Annual report on the lock hospitals of the Madras Presidency
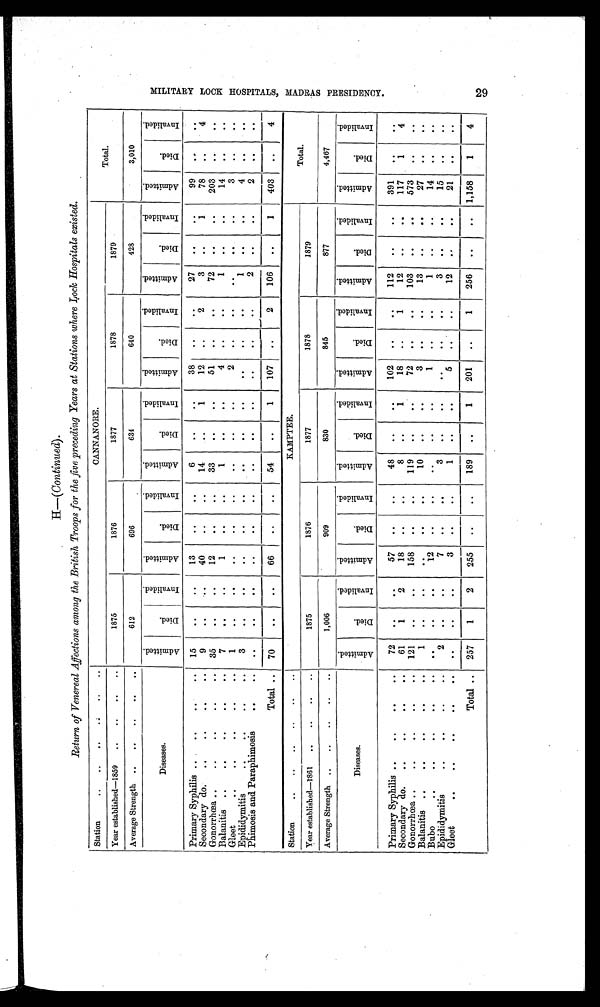
H— (Continued).
Return of Venereal Affections among the British Troops for the five preceding Years at Stations where Lock Hospitals existed.
Station
..
..
..
. .
. .
. .
CANNANORE.
Total.
Year established—1859
..
. .
. .
. .
1875
1876
1877
1878
1879
Average Strength ..
..
..
..
..
612
696
634
640
428
3,010
Diseases.
A d m i t t e d .
D i e d .
I n v a l i d e d .
A d m i t t e d .
D i e d .
I n v a l i d e d .
A d m i t t e d .
D i e d .
I n v a l i d e d .
A d m i t t e d .
D i e d .
I n v a l i d e d .
A d m i t t e d .
D i e d .
I n v a l i d e d . A d m i t t e d .
D i e d .
I n v a l i d e d .
Primary Syphilis ..
. .
. .
. . 15
. .
. .
13
. .
. .
6
. .
..
38
. .
..
27
. .
. .
99
. .
. .
Secondary do.
..
. .
. .
. .
9
. .
. .
40
. .
. .
14
. .
1
12
. .
2
3
. .
1
78
. .
4
Gonorrhœa..
..
..
. .
. . 35
. .
. .
12
. .
. .
33
. .
. .
51
. .
. .
72
. .
. .
203
..
. .
Balanitis ..
..
..
. .
. .
7
. .
. .
1
. .
. .
1
. .
. .
4
. .
. .
1
. .
. .
14
. .
. .
Gleet
..
. .
. .
. .
1
. .
..
. .
. .
..
. .
. .
. .
2
. .
. .
. .
. .
. .
3
. .
. .
Epididymitis
..
..
. . . .
. .
3
. .
. .
. .
. .
. .
. .
. .
. .
. .
. .
..
1
. .
. .
4
. .
Phimosis and Paraphimosis
. .
..
. .
. .
. .
. .
. .
. .
. .
. .
..
. .
. .
. .
2
. .
. .
2
. .
. .
Total ..
70
. .
. .
66
..
..
54
..
1
107
. .
2
106
. .
1
403
. .
4
Station
..
..
..
. .
..
. .
KAMPTEE.
Total.
Year established—1861
..
..
. .
. .
1875
1876
1877
1878
1879
Average Strength ..
..
. .
. .
. .
1,006
909
830
845
877
4,467
Diseases.
A d m i t t e d .
D i e d .
I n v a l i d e d .
A d m i t t e d .
D i e d .
I n v a l i d e d .
A d m i t t e d .
D i e d .
I n v a l i d e d .
A d m i t t e d .
D i e d .
I n v a l i d e d .
A d m i t t e d .
D i e d .
I n v a l i d e d .
A d m i t t e d .
D i e d .
I n v a l i d e d .
Primary Syphilis ..
..
..
. .
72
. .
. .
57
. .
..
48
. .
. .
102
. .
. .
112
. .
. .
391
. .
. .
Secondary do.
..
. .
. .
. .
61
1
2
18
. .
. .
8
. .
1
18
. .
1
12
. .
. .
117
1
4
Gonorrhœa..
..
..
. . ..
121
. .
. .
158
. .
. .
119
..
. .
72
. .
. .
103
. .
. .
573
. .
. .
Balanitis ..
..
. .
. .
. .
1
. .
. .
. .
. .
. .
10
. .
. .
3
. .
. .
13
..
. .
27
. .
..
Bubo
..
..
. .
. .
. .
. .
. .
. .
12
. .
. .
. .
. .
. .
1
. .
. .
1
. .
. .
14
. .
. .
Epididymitis
..
. .
. .
..
2
. .
. .
7
. .
. .
3
. .
. .
. .
. .
. .
3
. .
. .
15
. .
. .
Gleet
..
. .
. .
. .
. .
. .
. .
3
. .
. .
1
. .
. .
5
..
12
. .
. .
21
. .
. .
Total ..
257
1
2
255
. .
. .
189
. .
1
201
..
1
256
. .
..
1,158
1
4
M I L I T A R Y L O C K H O S P I T A L S M A D R A S P R E S I D E N C Y .